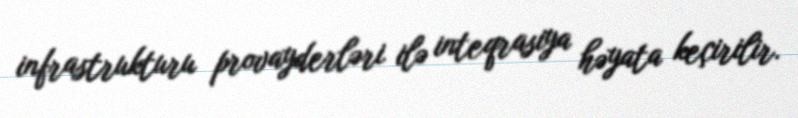
infrastrukturu provayderləri ilə inteqrasiya həyata keçirilir.